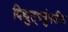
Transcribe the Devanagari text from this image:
विद्युत्‌च्चुंबकीय